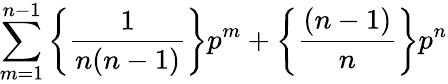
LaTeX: \sum_{m=1}^{n-1}\left\{ \frac{1}{n(n-1)}\right\} p^{m}+\left\{ \frac{(n-1)}{n}\right\} p^{n}